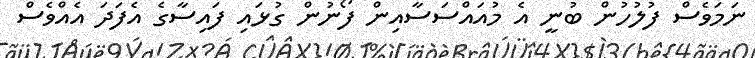
ނަމަވެސް ފުލުހުން ބުނީ އެ މުއައްސަސާއިން ފޯނުން ގުޅައި ފައިސާގެ އެފަދަ އެއްވެސް